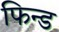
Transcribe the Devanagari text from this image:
फिन्ड